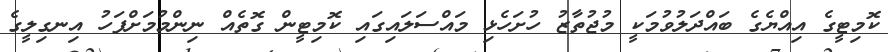
ކޮމިޓީގެ އިއްޔެގެ ބައްދަލުވުމަކީ މުޖުތާޒު ހުށަހެޅި މައްސަލައިގައި ކޮމިޓީން ގޮތެއް ނިންމުމަށްފަހު އިނގިލީގެ